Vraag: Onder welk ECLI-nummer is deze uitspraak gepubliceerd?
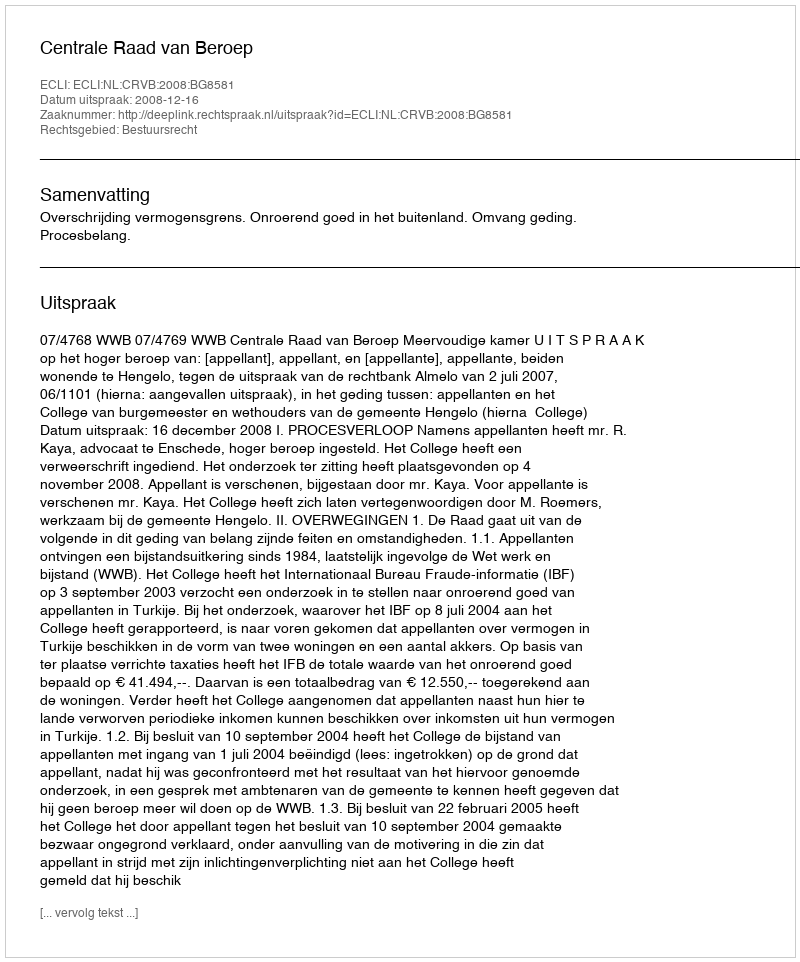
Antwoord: ECLI:NL:CRVB:2008:BG8581